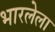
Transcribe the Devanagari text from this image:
भारलेला